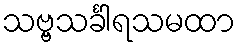
သဗ္ဗသင်္ခါရသမထာ